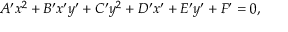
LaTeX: A ^ { \prime } x ^ { 2 } + B ^ { \prime } x ^ { \prime } y ^ { \prime } + C ^ { \prime } y ^ { 2 } + D ^ { \prime } x ^ { \prime } + E ^ { \prime } y ^ { \prime } + F ^ { \prime } = 0 ,